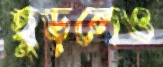
ছুড়লেও